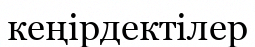
кеңірдектілер